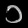
Digit: ၁